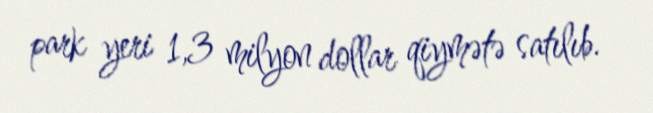
park yeri 1,3 milyon dollar qiymətə satılıb.